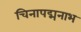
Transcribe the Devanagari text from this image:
चिनापद्मनाभ